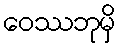
ဝေဿဘုမှိ